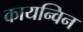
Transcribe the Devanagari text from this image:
कायन्विन